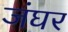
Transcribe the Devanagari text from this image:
जंघर